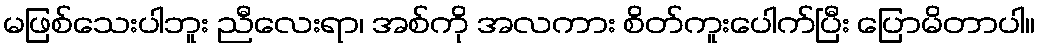
မဖြစ်သေးပါဘူး ညီလေးရာ၊ အစ်ကို အလကား စိတ်ကူးပေါက်ပြီး ပြောမိတာပါ။